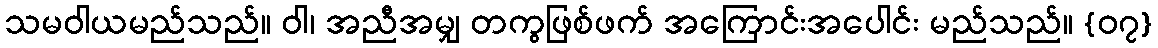
သမဝါယမည်သည်။ ဝါ၊ အညီအမျှ တကွဖြစ်ဖက် အကြောင်းအပေါင်း မည်သည်။ {၀၇}